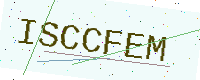
Text: ISCCFEM